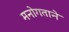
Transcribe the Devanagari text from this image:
मनोगताने